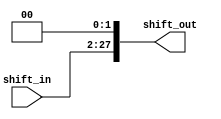
`timescale 1ns / 1ps
//////////////////////////////////////////////////////////////////////////////////
// Company: 
// Engineer: 
// 
// Design Name: 
// Module Name:    Shift_left_2 
// Project Name: 
// Target Devices: 
// Tool versions: 
// Description: 
//
// Dependencies: 
//
// Revision: 
// Revision 0.01 - File Created
// Additional Comments: 
//
//////////////////////////////////////////////////////////////////////////////////
module Shift_left_2(
    input [25:0] shift_in,
    output [27:0] shift_out
    );

	assign shift_out = {shift_in[25:0],2'b00};
	
endmodule